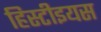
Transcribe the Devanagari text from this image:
हिस्टीइयस